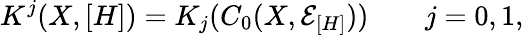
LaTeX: K^{j}(X,[H])=K_{j}(C_{0}(X,{\mathcal E}_{[H]}))\qquad j=0,1,